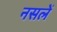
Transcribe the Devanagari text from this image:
नसलें